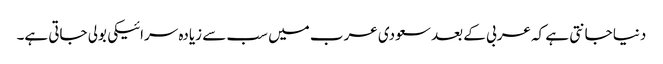
دنیا جانتی ہے کہ عربی کے بعد سعودی عرب میں سب سے زیادہ سرائیکی بولی جاتی ہے۔